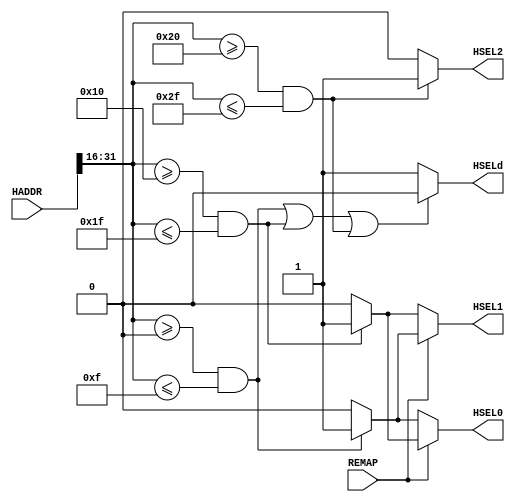
//********************************************************
// Copyright (c) 2007-2009 by Ando Ki.
// All right reserved.
//
// http://www.dynalith.com
// adki@dynalith.com
//********************************************************
// VERSION: 2010.01.05.
//********************************************************
// Address decoder for AMBA AHB
//********************************************************
`timescale 1ns/1ns

module ahb_decoder_s3 #(parameter P_NUM         = 3, // how many slaves
                                  P_ADDR_START0 = 'h0000, P_ADDR_SIZE0  = 'h0010,
                                  P_ADDR_START1 = 'h0010, P_ADDR_SIZE1  = 'h0010,
                                  P_ADDR_START2 = 'h0020, P_ADDR_SIZE2  = 'h0010)
(
       input   wire [31:0] HADDR
     , output  wire        HSELd // default slave
     , output  wire        HSEL0
     , output  wire        HSEL1
     , output  wire        HSEL2
     , input   wire        REMAP
);
   /*********************************************************/
   localparam P_ADDR_END0 = P_ADDR_START0 + P_ADDR_SIZE0 - 1;
   localparam P_ADDR_END1 = P_ADDR_START1 + P_ADDR_SIZE1 - 1;
   localparam P_ADDR_END2 = P_ADDR_START2 + P_ADDR_SIZE2 - 1;
   /*********************************************************/
   reg ihseld, ihsel0, ihsel1, ihsel2;
   assign HSELd = ihseld;
   assign HSEL0 = (REMAP) ? ihsel1 : ihsel0;
   assign HSEL1 = (REMAP) ? ihsel0 : ihsel1;
   assign HSEL2 = ihsel2;
   /*********************************************************/
   wire [15:0] thaddr = HADDR[31:16];
   always @ (thaddr) begin // must be blocking assignment
      if ((P_NUM>0)&&(thaddr>=P_ADDR_START0)&&(thaddr<=P_ADDR_END0)) ihsel0 <= 1'b1;
      else                                                           ihsel0 <= 1'b0;
      if ((P_NUM>1)&&(thaddr>=P_ADDR_START1)&&(thaddr<=P_ADDR_END1)) ihsel1 <= 1'b1;
      else                                                           ihsel1 <= 1'b0;
      if ((P_NUM>2)&&(thaddr>=P_ADDR_START2)&&(thaddr<=P_ADDR_END2)) ihsel2 <= 1'b1;
      else                                                           ihsel2 <= 1'b0;

      if (((P_NUM>0)&&(thaddr>=P_ADDR_START0)&&(thaddr<=P_ADDR_END0))||
          ((P_NUM>1)&&(thaddr>=P_ADDR_START1)&&(thaddr<=P_ADDR_END1))||
          ((P_NUM>2)&&(thaddr>=P_ADDR_START2)&&(thaddr<=P_ADDR_END2))) ihseld <= 1'b0;
      else                                                             ihseld <= 1'b1;

   end // always

// synopsys translate_off
`ifdef RIGOR
   wire [P_NUM:0] _hsel = {HSEL2,HSEL1,HSEL0,HSELd};
   always @ (_hsel) begin // must be blocking assignment
      if ((_hsel!=4'b0001)&&(_hsel!=4'b0010)&&(_hsel!=4'b0100)&&
          (_hsel!=4'b1000)&&(_hsel!=4'b0000))
          $display($time,, "%m ERROR: more than one has been selected! 0x%x", _hsel);
   end // always
   always @ (REMAP) begin
          //$display($time,, "%m Info: REMAP changed from %d to %d.", ~REMAP, REMAP);
          if (REMAP==1'b0) begin
             if ((P_NUM>0)&&(P_ADDR_START0>=P_ADDR_END0)&&(REMAP==0))
                 $display("%m ERROR: address range for HSEL0: from 0x%x to 0x%x", P_ADDR_START0, P_ADDR_END0);
             if ((P_NUM>1)&&(P_ADDR_START1>=P_ADDR_END1)&&(REMAP==0))
                 $display("%m ERROR: address range for HSEL1: from 0x%x to 0x%x", P_ADDR_START1, P_ADDR_END1);
             if ((P_NUM>2)&&(P_ADDR_START2>=P_ADDR_END2)&&(REMAP==0))
                 $display("%m ERROR: address range for HSEL2: from 0x%x to 0x%x", P_ADDR_START2, P_ADDR_END2);
          end else begin
             if ((P_NUM>0)&&(P_ADDR_START1>=P_ADDR_END1)&&(REMAP==1))
                 $display("%m ERROR: address range for HSEL0: from 0x%x to 0x%x", P_ADDR_START1, P_ADDR_END1);
             if ((P_NUM>1)&&(P_ADDR_START0>=P_ADDR_END0)&&(REMAP==1))
                 $display("%m ERROR: address range for HSEL1: from 0x%x to 0x%x", P_ADDR_START0, P_ADDR_END0);
             if ((P_NUM>2)&&(P_ADDR_START2>=P_ADDR_END2)&&(REMAP==1))
                 $display("%m ERROR: address range for HSEL2: from 0x%x to 0x%x", P_ADDR_START2, P_ADDR_END2);
          end
   end
`endif
// synopsys translate_on
// synopsys translate_off
   initial begin
      if (REMAP==1'b0) begin
         if ((P_NUM>0)&&(P_ADDR_START0>=P_ADDR_END0)&&(REMAP==0))
             $display("%m ERROR: address range for HSEL0: from 0x%x to 0x%x", P_ADDR_START0, P_ADDR_END0);
         if ((P_NUM>1)&&(P_ADDR_START1>=P_ADDR_END1)&&(REMAP==0))
             $display("%m ERROR: address range for HSEL1: from 0x%x to 0x%x", P_ADDR_START1, P_ADDR_END1);
         if ((P_NUM>2)&&(P_ADDR_START2>=P_ADDR_END2)&&(REMAP==0))
             $display("%m ERROR: address range for HSEL2: from 0x%x to 0x%x", P_ADDR_START2, P_ADDR_END2);
      end else begin
         if ((P_NUM>0)&&(P_ADDR_START1>=P_ADDR_END1)&&(REMAP==1))
             $display("%m ERROR: address range for HSEL0: from 0x%x to 0x%x", P_ADDR_START1, P_ADDR_END1);
         if ((P_NUM>1)&&(P_ADDR_START0>=P_ADDR_END0)&&(REMAP==1))
             $display("%m ERROR: address range for HSEL1: from 0x%x to 0x%x", P_ADDR_START0, P_ADDR_END0);
         if ((P_NUM>2)&&(P_ADDR_START2>=P_ADDR_END2)&&(REMAP==1))
             $display("%m ERROR: address range for HSEL2: from 0x%x to 0x%x", P_ADDR_START2, P_ADDR_END2);
      end
   end // initial
   initial begin
       $display("Info: %m HSEL0: from 0x%x_0000 to 0x%04x_FFFF", P_ADDR_START0, P_ADDR_END0);
       $display("Info: %m HSEL1: from 0x%x_0000 to 0x%04x_FFFF", P_ADDR_START1, P_ADDR_END1);
       $display("Info: %m HSEL2: from 0x%x_0000 to 0x%04x_FFFF", P_ADDR_START2, P_ADDR_END2);
   end // initial
// synopsys translate_on
endmodule